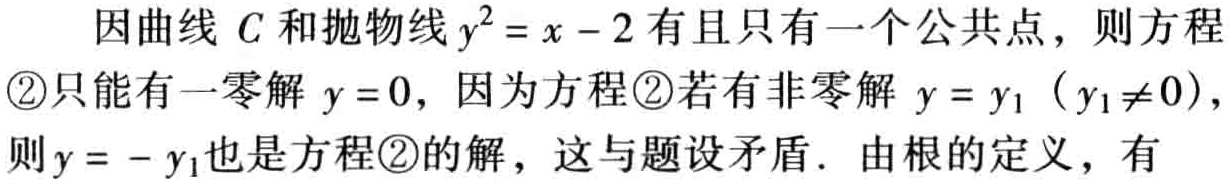
因曲线 \(C\) 和抛物线 \(y^{2}=x - 2\) 有且只有一个公共点，则方程
\textcircled{2}只能有一零解 \(y = 0\)，因为方程\textcircled{2}若有非零解 \(y = y_{1}\)（\(y_{1}\neq 0\)），
则 \(y = - y_{1}\)也是方程\textcircled{2}的解，这与题设矛盾．由根的定义，有